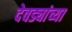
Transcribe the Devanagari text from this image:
देवड्यांच्या